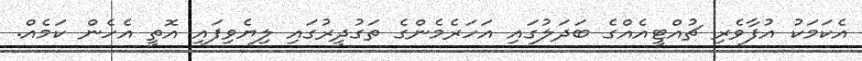
އެކަމަކު އުފާވެރި ޗުއްޓީއެއްގެ ބަދަލުގައި އަހަރެމެންގެ ތަގުދީރުގައި ލިޔެވިފައި އޮތީ އެހެން ކަމެއް.